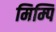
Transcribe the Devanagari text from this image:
मिम्पि